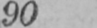
90